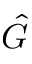
\hat { G }